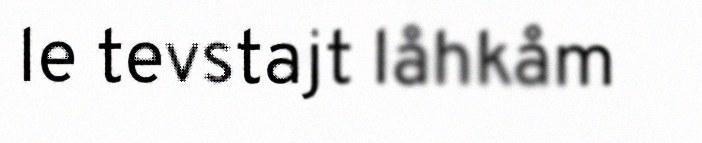
le tevstajt låhkåm